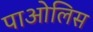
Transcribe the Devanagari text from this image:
पाओलिस